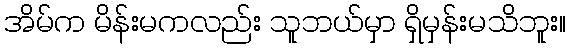
အိမ်က မိန်းမကလည်း သူဘယ်မှာ ရှိမှန်းမသိဘူး။